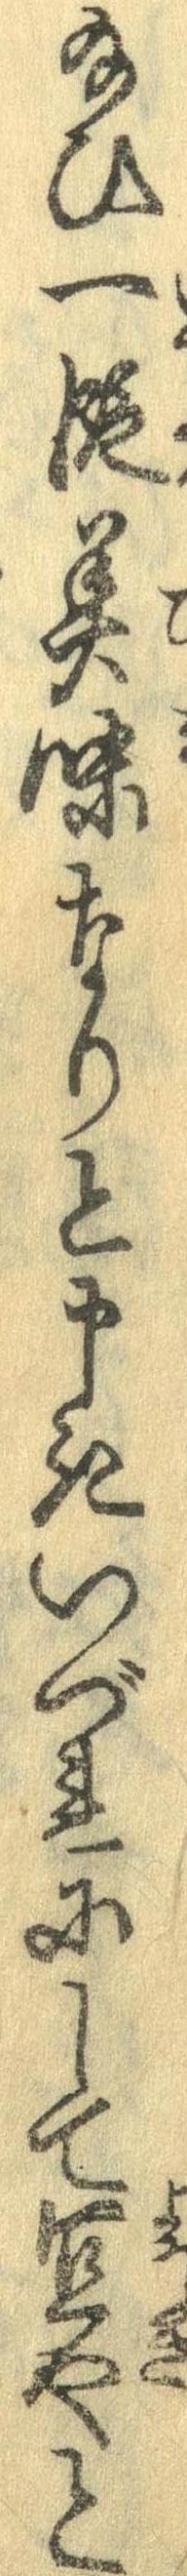
給ひ一段美味なりと申きいづれにして宜やと